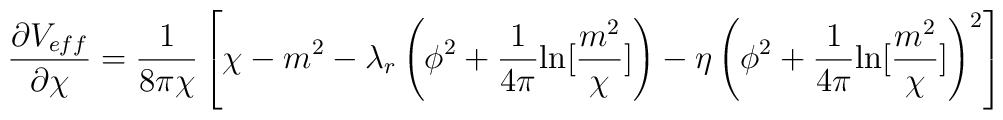
\frac{\partial V_{eff}} {\partial \chi}= \frac{1} {8 \pi \chi} \left[\chi -m^2 - \lambda_r\left(\phi^2+\frac{1}{4 \pi} {\ln} [\frac{m^2}{\chi}] \right)- \eta \left( \phi^2+\frac{1}{4 \pi}{\ln} [\frac{m^2}{\chi}] \right)^2  \right]